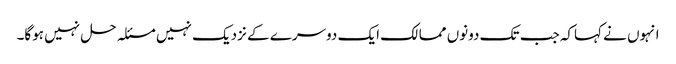
انہوں نے کہاکہ جب تک دونوں ممالک ایک دوسرے کے نزدیک نہیں مسئلہ حل نہیں ہوگا۔